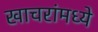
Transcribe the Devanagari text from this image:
खाचरांमध्ये